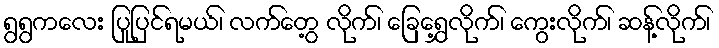
ရွရွကလေး ပြုပြင်ရမယ်၊ လက်တွေ့ လိုက်၊ ခြေရွှေ့လိုက်၊ ကွေးလိုက်၊ ဆန့်လိုက်၊